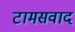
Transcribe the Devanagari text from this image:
टामसवाद